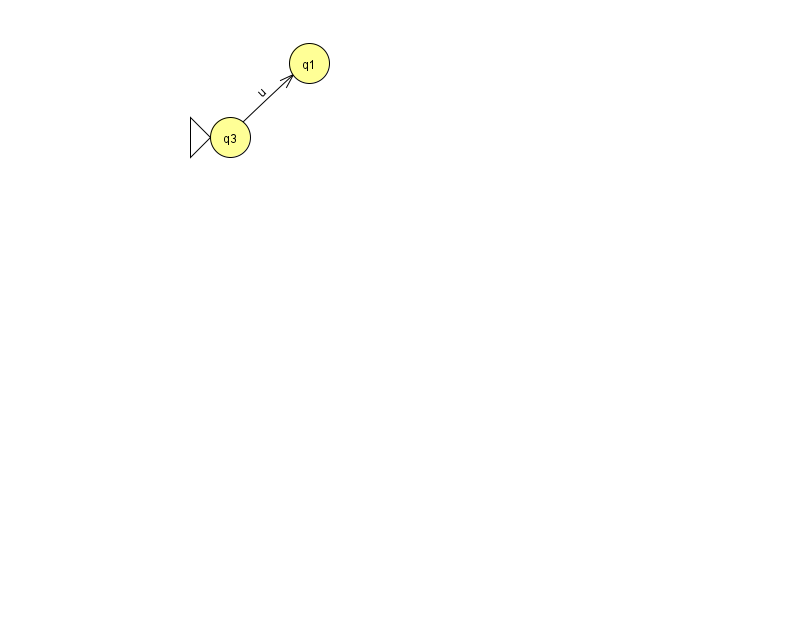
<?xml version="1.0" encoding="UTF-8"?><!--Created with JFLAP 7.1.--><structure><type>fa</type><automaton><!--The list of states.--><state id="1" name="q1"><x>309.0</x><y>50.0</y></state><state id="3" name="q3"><x>230.0</x><y>124.0</y><initial/></state><!--The list of transitions.--><transition><from>3</from><to>1</to><read>u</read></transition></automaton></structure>